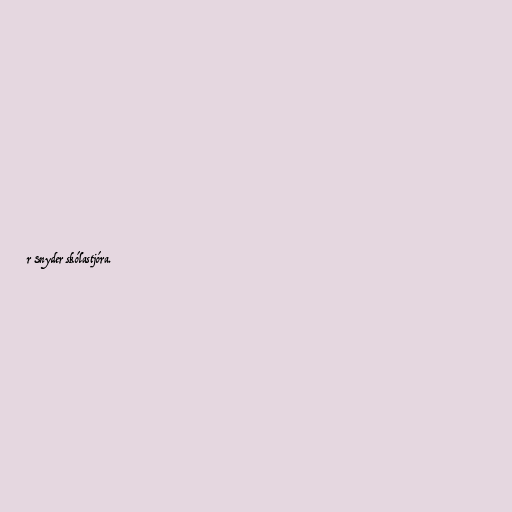
r Snyder skólastjóra.